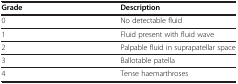
<table><thead><tr><td><b>Grade</b></td><td><b>Description</b></td></tr></thead><tbody><tr><td>0</td><td>No detectable fluid</td></tr><tr><td>1</td><td>Fluid present with fluid wave</td></tr><tr><td>2</td><td>Palpable fluid in suprapatellar space</td></tr><tr><td>3</td><td>Ballotable patella</td></tr><tr><td>4</td><td>Tense haemarthroses</td></tr></tbody></table>